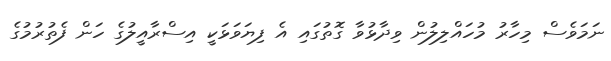
ނަމަވެސް މިހާރު މުހައްލިލުން ވިދާޅުވާ ގޮތުގައި އެ ފިޔަވަޅަކީ އިސްރާއީލުގެ ހަން ފެތުރުމުގެ